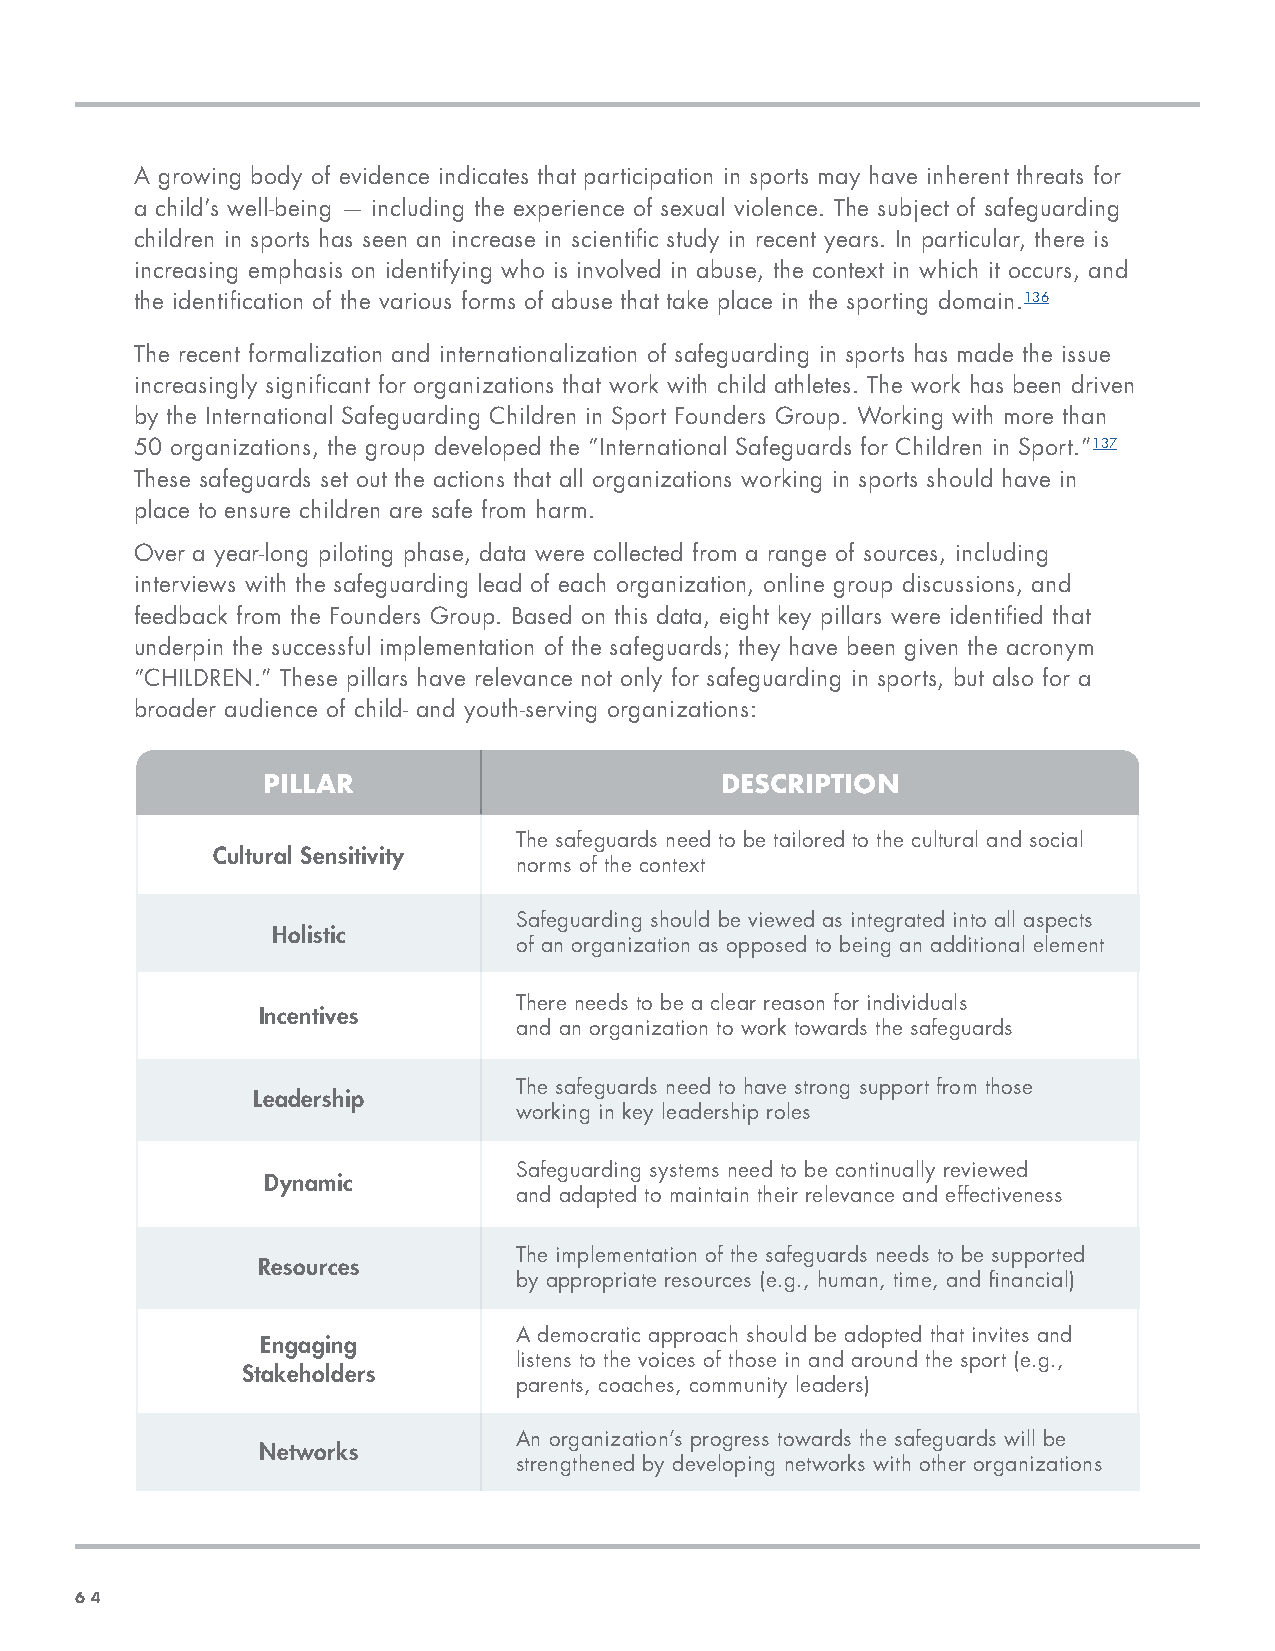
A growing body of evidence indicates that participation in sports may have inherent threats for
 a child’s well-being — including the experience of sexual violence. The subject of safeguarding
 children in sports has seen an increase in scientific study in recent years. In particular, there is
 increasing emphasis on identifying who is involved in abuse, the context in which it occurs, and
 the identification of the various forms of abuse that take place in the sporting domain.136
 The recent formalization and internationalization of safeguarding in sports has made the issue
 increasingly significant for organizations that work with child athletes. The work has been driven
 by the International Safeguarding Children in Sport Founders Group. Working with more than
 50 organizations, the group developed the “International Safeguards for Children in Sport.”137
 These safeguards set out the actions that all organizations working in sports should have in
 place to ensure children are safe from harm.
 Over a year-long piloting phase, data were collected from a range of sources, including
 interviews with the safeguarding lead of each organization, online group discussions, and
 feedback from the Founders Group. Based on this data, eight key pillars were identified that
 underpin the successful implementation of the safeguards; they have been given the acronym
 “CHILDREN.” These pillars have relevance not only for safeguarding in sports, but also for a
 broader audience of child- and youth-serving organizations:
 PILLAR                         DESCRIPTION
 The safeguards need to be tailored to the cultural and social
 Cultural Sensitivity
 norms of the context
 Safeguarding should be viewed as integrated into all aspects
 Holistic
 of an organization as opposed to being an additional element
 There needs to be a clear reason for individuals
 Incentives
 and an organization to work towards the safeguards
 The safeguards need to have strong support from those
 Leadership
 working in key leadership roles
 Safeguarding systems need to be continually reviewed
 Dynamic
 and adapted to maintain their relevance and effectiveness
 The implementation of the safeguards needs to be supported
 Resources
 by appropriate resources (e.g., human, time, and financial)
 A democratic approach should be adopted that invites and
 Engaging
 listens to the voices of those in and around the sport (e.g.,
 Stakeholders
 parents, coaches, community leaders)
 An organization’s progress towards the safeguards will be
 Networks
 strengthened by developing networks with other organizations
 66 44